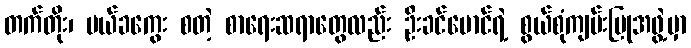
တက်တိုး၊ မယ်ခကွေး စတဲ့ စာရေးဆရာတွေလည်း ဦးခင်မောင်ရဲ့ စွယ်စုံကျမ်းပြုအဖွဲ့မှာ